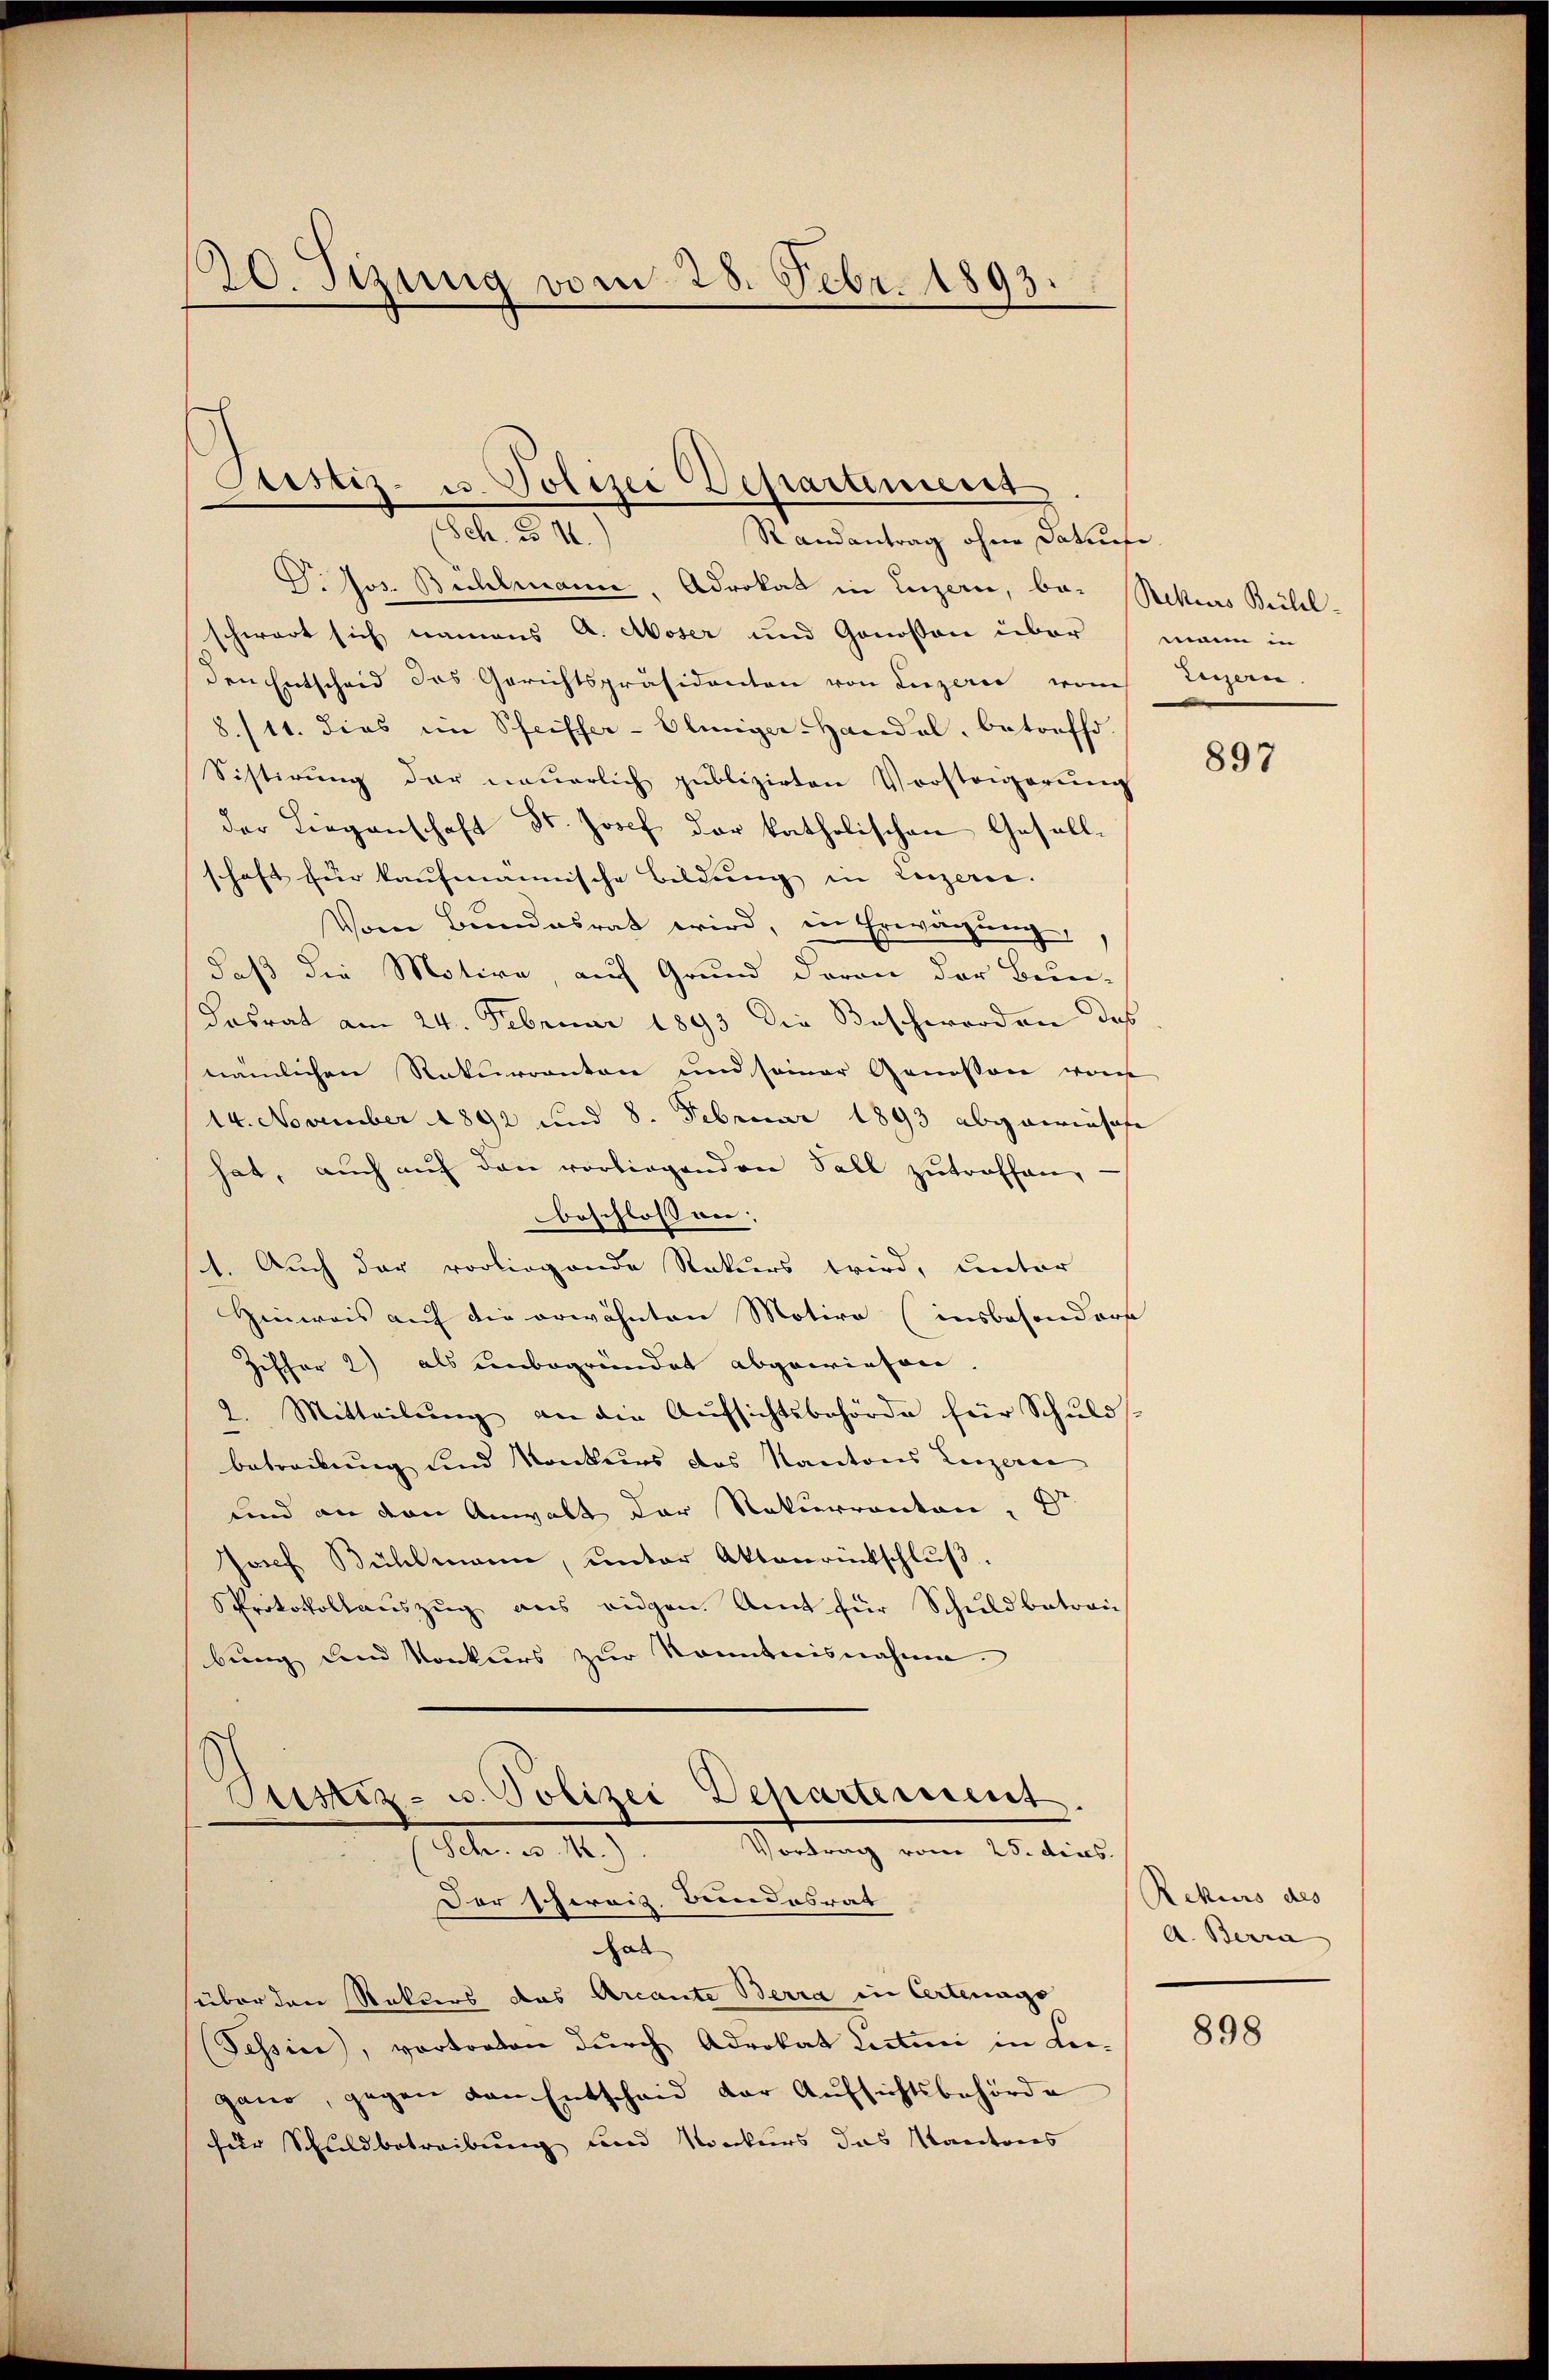
20. Sizung vom 28. Febr. 1893.

Pristiz- u. Polizei Departement

d. d. 12.
Randantrag ohne Dature.
P. Jos. Bühlmann, Advokat in Luzern, be- Rekurs Bühl-
schwart sich namens A. Moser und Genossen über mann in
den Entscheid des Gerichtspräsidenten von Luzern vom
8./11. dies im Schriffer-Eliiger-Handel, betreffe.
Sistirŭng der neuerlich publizirten Vorsteigerŭng
der Liegenschaft Dr. Josef der katholischen Gesellschaft für kaufmannische Bildung in Luzerne.
Vom Bundesrat wird, in Erwägung
daß die Motive, auf Grund daran der Bun-
Kosrat am 24. Februar 1893 die Bescherorden das
nämlichen Rekurranton und seiner Genossen von
14. November 1892 und 8. Februar 1893 abgaerinsofe
hat, auch auf den vorliegenden Fall zutroffen,
beschlossen:
1. Auch der vorliegende Rekurs wird, unter
Hinweis auf die erwähnten Motive (insbesondere
Ziffer 2) als unbegründet abgewiesen.
2. Mitteilŭng an die Aŭfsichtsbehörde für Schuld
betreibung und Konkurs des Kantons Leizerne
und an den Anwalt der Rekurrenten, Dr
Josef Bühlmann, unter Aktenrückschluß.
Protokollauszug aus eidgen. Amt für Schuldbetrau
bung und Konkurs zur Kenntnisnahme.

Justiz- u. Polizei Departement.
Vortrag vom 25. dies
Febr. a. 14.
Der schweiz. Bundesrat

Hal
süber den Rekurs das Arcante Berra in Certeungs
(Tessin, vortreten durch Advokat Lutini in Leigano, gegen den Entscheid der Aŭfsichtsbehörde
für Schuldbetreibung und Konkurs das Kantons

Legern.

897

Rekurs des
A. Berra

898